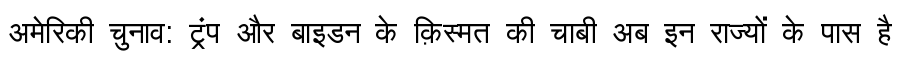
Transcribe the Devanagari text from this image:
अमेरिकी चुनाव: ट्रंप और बाइडन के क़िस्मत की चाबी अब इन राज्यों के पास है